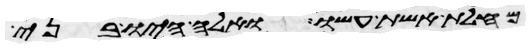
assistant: מחלת אשת עשו ואלה היו בני